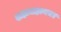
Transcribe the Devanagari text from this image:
शहाजहानचा